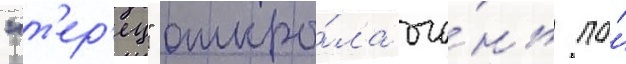
"т'ер'ец" откры́ла ого́нь по́